Annual administration report of the Civil Veterinary Department of India - 1908-1909
Year: 1908
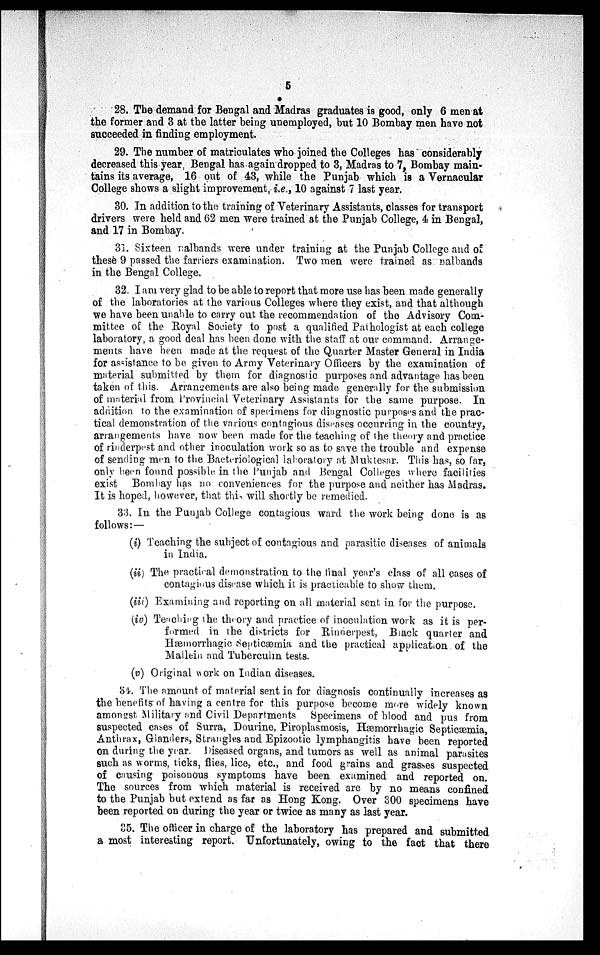
5
28. The demand for Bengal and Madras graduates is good, only 6 men at
the former and 3 at the latter being unemployed, but 10 Bombay men have not
succeeded in finding employment.
29. The number of matriculates who joined the Colleges has considerably
decreased this year, Bengal has again dropped to 3, Madras to 7, Bombay main-
tains its average, 16 out of 43, while the Punjab which is a Vernacular
College shows a slight improvement, i.e., 10 against 7 last year.
30. In addition to the training of Veterinary Assistants, classes for transport
drivers were held and 62 men were trained at the Punjab College, 4 in Bengal,
and 17 in Bombay.
31. Sixteen nalbands were under training at the Punjab College and of
these 9 passed the farriers examination. Two men were trained as nalbands
in the Bengal College.
32. I am very glad to be able to report that more use has been made generally
of the laboratories at the various Colleges where they exist, and that although
we have been unable to carry out the recommendation of the Advisory Com-
mittee of the Royal Society to post a qualified Pathologist at each college
laboratory, a good deal has been done with the staff at our command. Arrange-
ments have been made at the request of the Quarter Master General in India
for assistance to be given to Army Veterinary Officers by the examination of
material submitted by them for diagnostic purposes and advantage has been
taken of this. Arrangements are also being made generally for the submission
of material from Provincial Veterinary Assistants for the same purpose. In
addition to the examination of specimens for diagnostic purposes and the prac-
tical demonstration of the various contagious diseases occurring in the country,
arrangements have now been made for the teaching of the theory and practice
of rinderpest and other inoculation work so as to save the trouble and expense
of sending men to the Bacteriological laboratory at Muktesar. This has, so far,
only been found possible in the Punjab and Bengal Colleges where facilities
exist Bombay has no conveniences for the purpose and neither has Madras.
It is hoped, however, that this will shortly be remedied.
33. In the Punjab College contagious ward the work being done is as
follows:—
(i) Teaching the subject of contagious and parasitic diseases of animals
in India.
(ii) The practical demonstration to the final year's class of all cases of
contagious disease which it is practicable to show them.
(iii) Examining and reporting on all material sent in for the purpose.
(iv) Teaching the theory and practice of inoculation work as it is per-
formed in the districts for Rinderpest, Black quarter and
Hæmorrhagic Septicæmia and the practical application of the
Mallein and Tuberculin tests.
(v) Original work on Indian diseases.
34. The amount of material sent in for diagnosis continually increases as
the benefits of having a centre for this purpose become more widely known
amongst Military and Civil Departments Specimens of blood and pus from
suspected cases of Surra, Dourine, Piroplasmosis, Hæmorrhagic Septicæmia,
Anthrax, Glanders, Strangles and Epizootic lymphangitis have been reported
on during the year. Diseased organs, and tumors as well as animal parasites
such as worms, ticks, flies, lice, etc., and food grains and grasses suspected
of causing poisonous symptoms have been examined and reported on.
The sources from which material is received are by no means confined
to the Punjab but extend as far as Hong Kong. Over 300 specimens have
been reported on during the year or twice as many as last year.
35. The officer in charge of the laboratory has prepared and submitted
a most interesting report. Unfortunately, owing to the fact that there